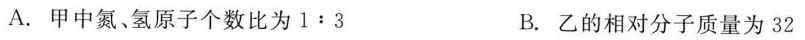
A.甲中氮、氢原子个数比为1﹔3 B.乙的相对分子质量为32